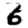
Digit: 6